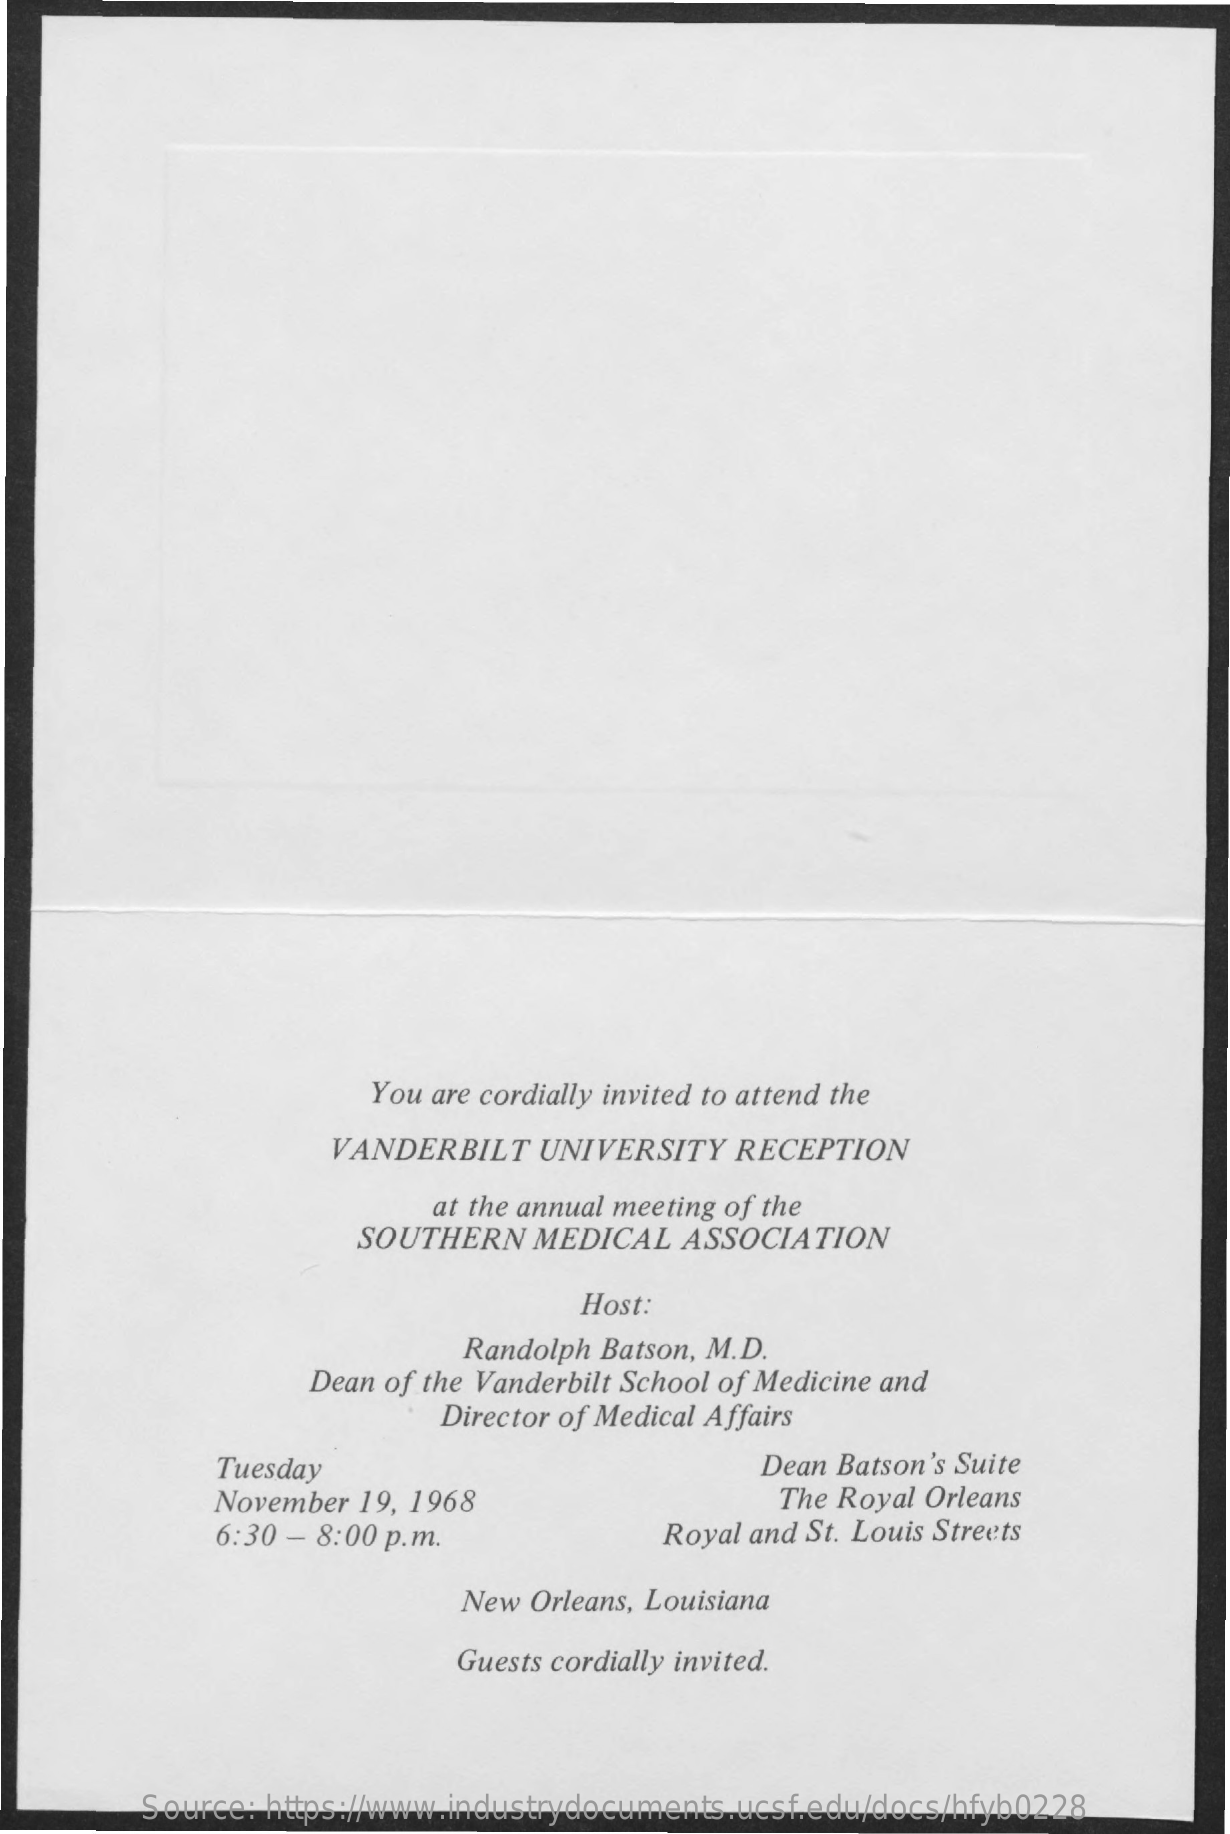
You are cordially invited to attend the
     VANDERBILT   UNIVERSITY  RECEPTION
     at the annual meeting of the
     SOUTHERN  MEDICAL   ASSOCIATION
     Host:
     Randolph Batson, M.D.
     Dean of the Vanderbilt School of Medicine and
     Director of Medical Affairs
     Tuesday    Dean Batson's Suite
     November 19, 1968    The Royal Orleans
     6:30 - 8:00 p.m.    Royal and St. Louis Streets
     New Orleans, Louisiana
     Guests cordially invited.
     Source: https://www.industrydocuments.ucsf.edu/docs/hfyb0228